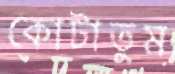
কোটাতুম